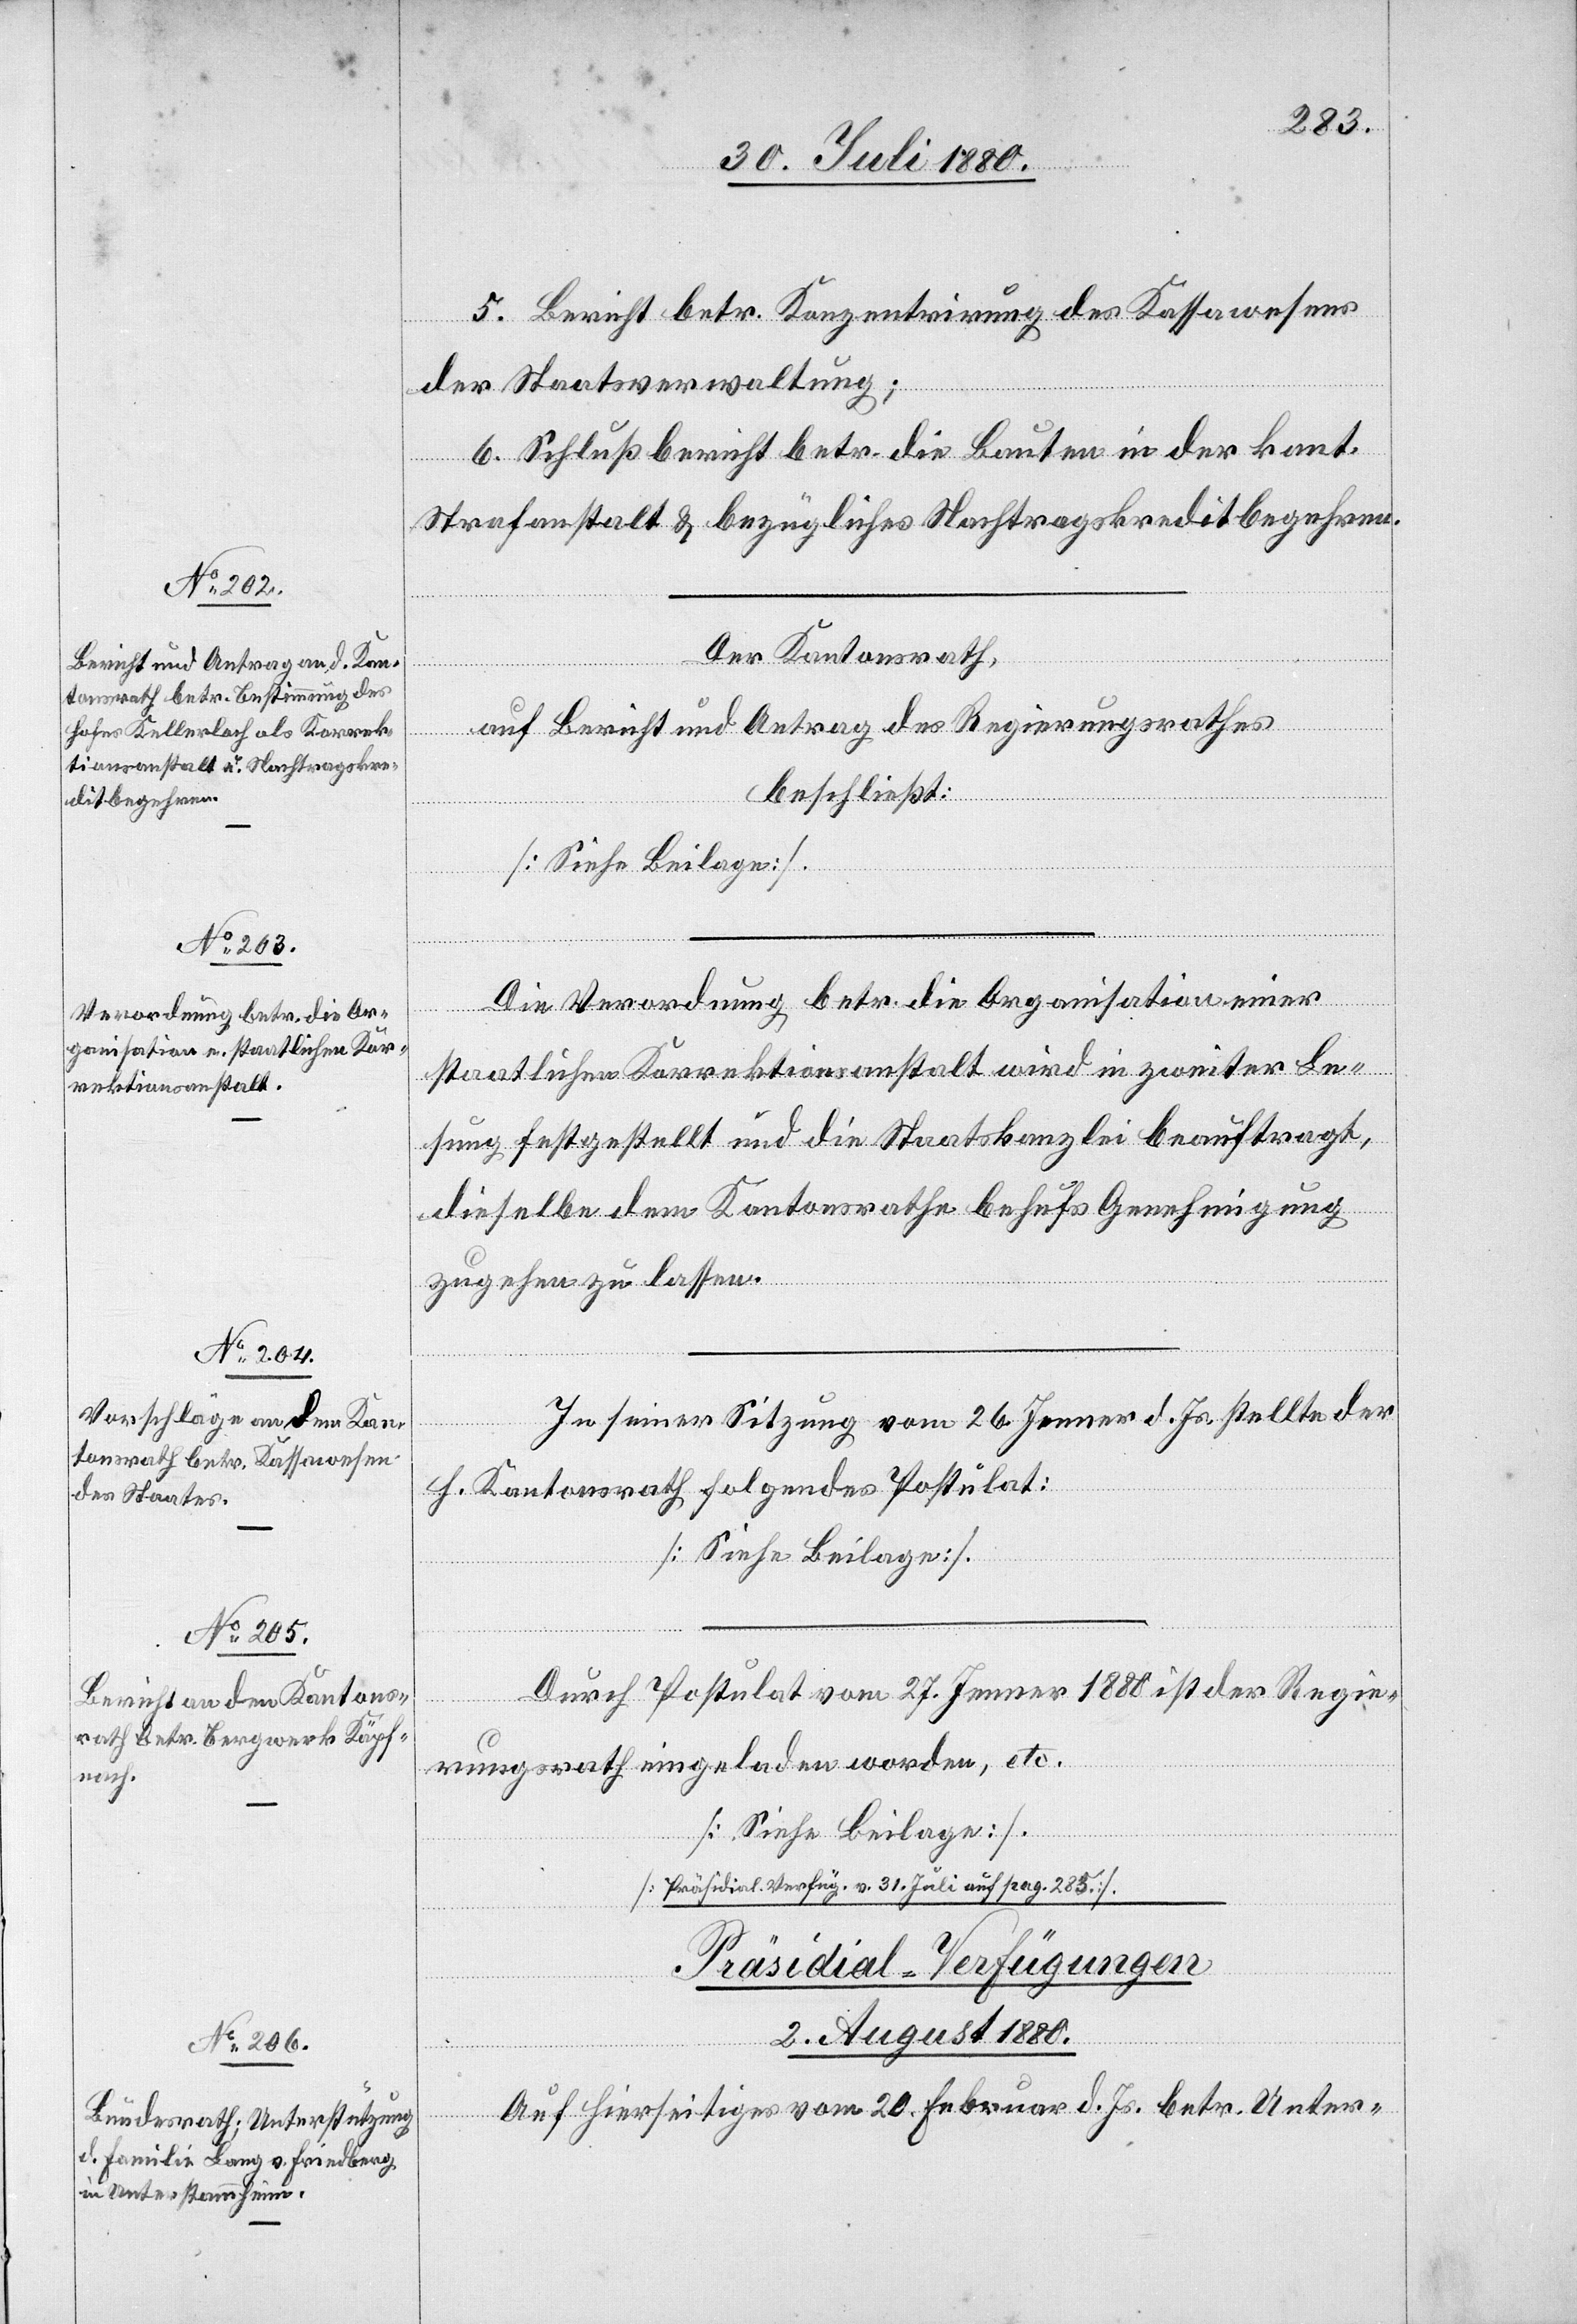
5. Bericht betr. Konzentrirung des Kassawesens
der Staatsverwaltung;
6. Schlußbericht betr. die Bauten in der kant.
Strafanstalt & bezügliches Nachtragskreditbegehren.
Der Kantonsrath,
auf Bericht und Antrag des Regierungsrathes
beschließt:
Die Verordnung betr. die Organisation einer
staatlichen Korrektionsanstalt wird in zweiter Le¬
sung festgestellt und die Staatskanzlei beauftragt
dieselbe dem Kantonsrathe behufs Genehmigung
zugehen zu lassen.
In seiner Sitzung vom 26. Jenner d. Js. stellte der
h. Kantonsrath folgendes Postulat:
[Siehe Beilage]
Durch Postulat vom 27. Jenner 1880 ist der Regie¬
rungsrath eingeladen worden etc.
Präsidial-Verfügungen
2. August 1880
Auf hierseitiges vom 20. Februar d. Js. betr. Unter-